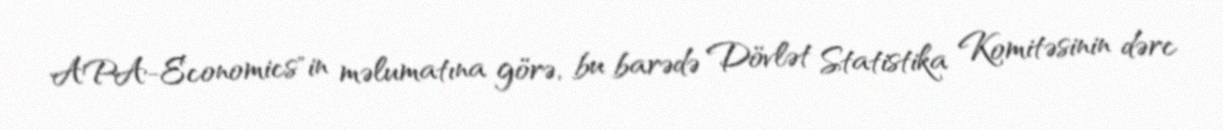
APA-Economics"in məlumatına görə, bu barədə Dövlət Statistika Komitəsinin dərc